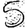
Digit: 5